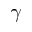
\gamma